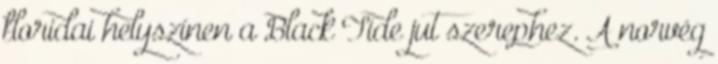
floridai helyszí­nen a Black Tide jut szerephez. A norvég